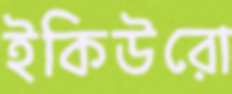
ইকিউরো